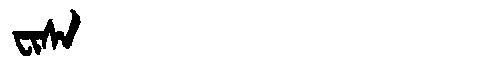
Manchu: ᠸᡳᠰᠠ
Romanization: FISA